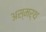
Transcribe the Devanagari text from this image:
अस्मर्थ